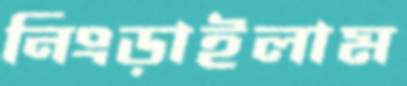
নিংড়াইলাম